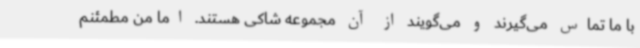
با ما تماس می‌گیرند و می‌گویند از آن مجموعه شاکی هستند. اما من مطمئنم